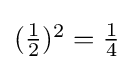
{\textstyle ({\frac {1}{2}})^{2}={\frac {1}{4}}}